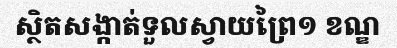
ស្ថិតសង្កាត់ទួលស្វាយព្រៃ១ ខណ្ឌ